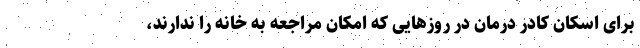
برای اسکان کادر درمان در روزهایی که امکان مراجعه به خانه را ندارند،